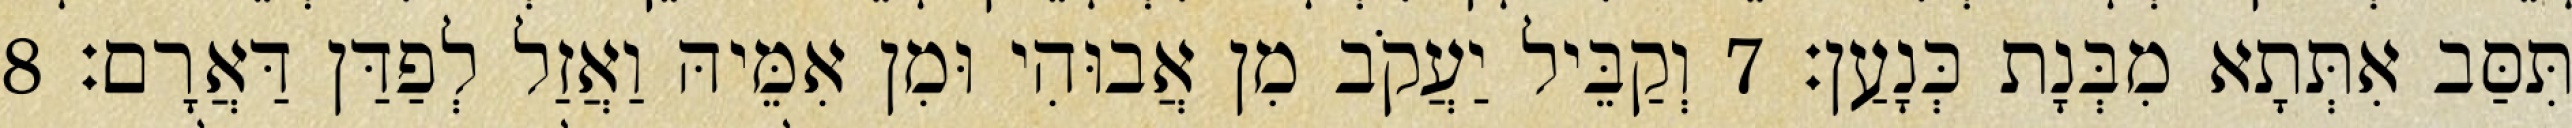
תִּסַּב אִתְּתָא מִבְּנָת כְּנָעַן׃ 7 וְקַבֵּיל יַעֲקֹב מִן אֲבוּהִי וּמִן אִמֵּיהּ וַאֲזַל לְפַדַּן דַּאֲרָם׃ 8